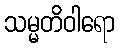
သမ္မတိဝါရော